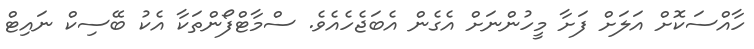
ހާއްސަކޮށް އަލަށް ފަށާ މީހުންނަށް އެގެން އެބަޖެހެއެވެ. ސްމާޓްފޯންތަކާ އެކު ބޭސިކް ނައިޓް